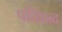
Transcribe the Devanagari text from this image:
पतिशब्द